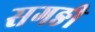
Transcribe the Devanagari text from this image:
सगङी